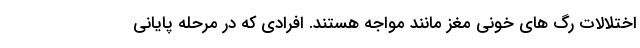
اختلالات رگ های خونی مغز مانند مواجه هستند. افرادی که در مرحله پایانی